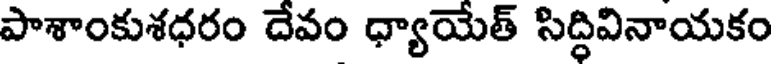
పాశాంకుశధరం దేవం ధ్యాయేత్ సిద్ధివినాయకం